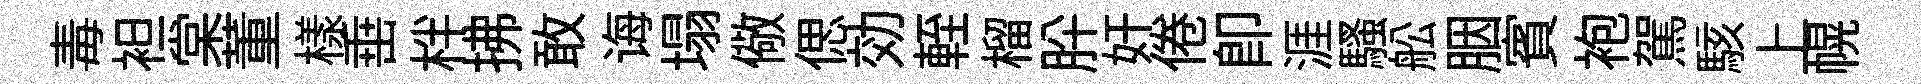
毒袒棠董樣𡸁柈拂敢诲塌儆偲効輊榴肸奸倦卽涯騷舩胭賓袍駕駭上幌